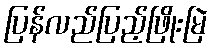
ပြန်လည်ပြည့်ဖြိုးမြဲ